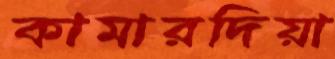
কামারদিয়া